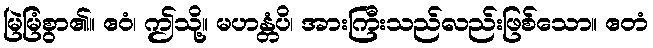
မြဲမြံစွာ၏။ ဧဝံ၊ ဤသို့။ မဟန္တံပိ၊ အားကြီးသည်လည်းဖြစ်သော။ ဧတံ